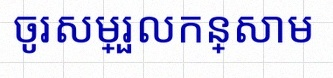
ចូរសម្រួលកន្សោម